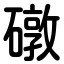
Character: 礅